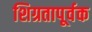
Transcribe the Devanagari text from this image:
शिग्रतापूर्वक